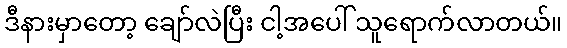
ဒီနားမှာတော့ ချော်လဲပြီး ငါ့အပေါ် သူရောက်လာတယ်။